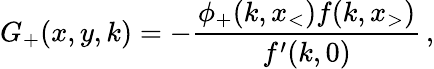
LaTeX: G_{+}(x,y,k)=-\frac{\phi_{+}(k,x_{<})f(k,x_{>})}{f^{\prime}(k,0)}\, ,